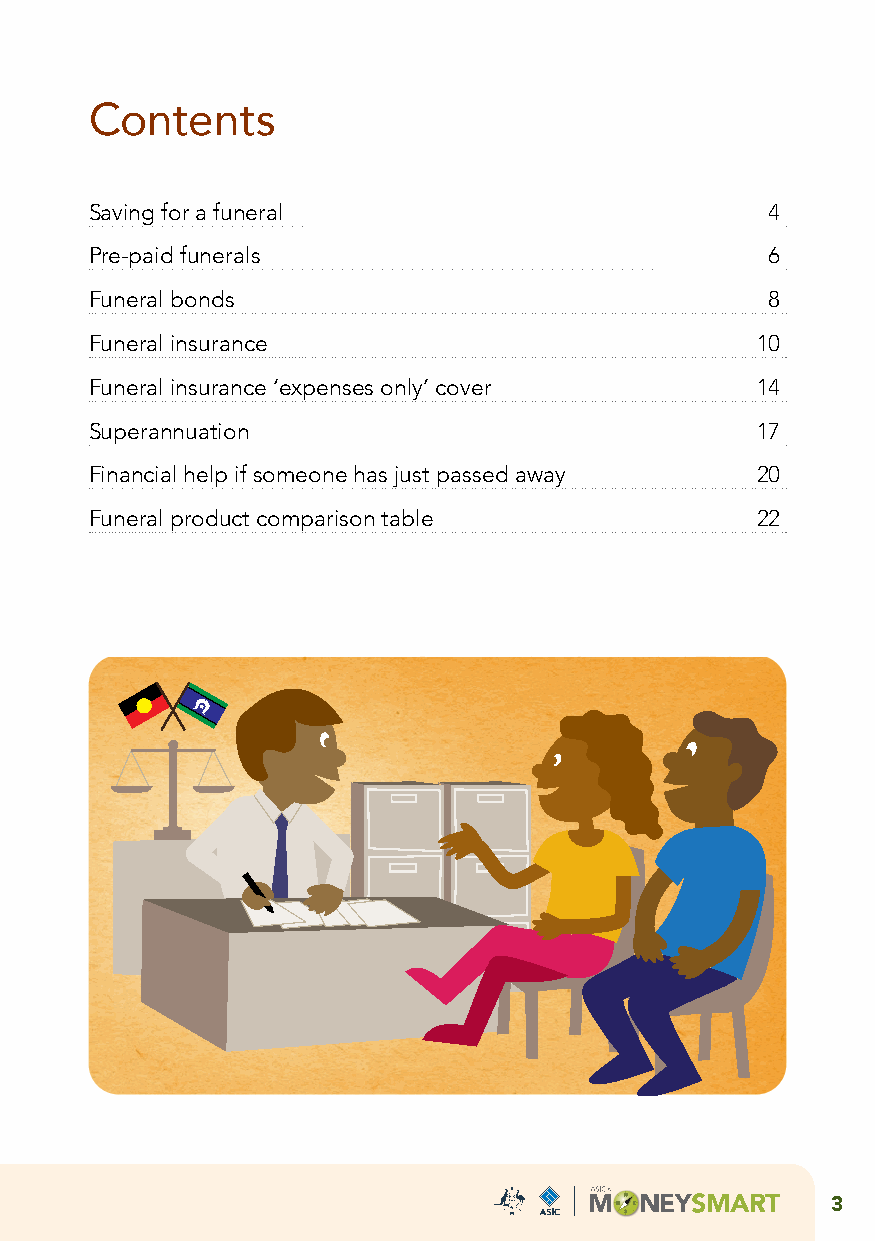
Contents
 Saving for a funeral                         4
 Pre-paid funerals                            6
 Funeral bonds                                8
 Funeral insurance                           10
 Funeral insurance ‘expenses only’ cover     14
 Superannuation                              17
 Financial help if someone has just passed away 20
 Funeral product comparison table            22
 3